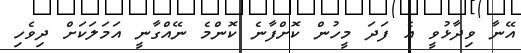
އޭނާ ވިދާޅުވީ އެ ފަދަ މީހުން ކޮށްފާނެ ކޮންމެ ނޭއްގާނީ އަމަލަކަށް ދިވެހި